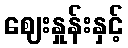
ဈေးနှုန်းနှင့်